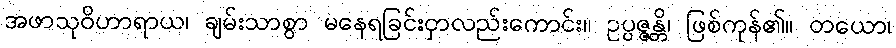
အဖာသုဝိဟာရာယ၊ ချမ်းသာစွာ မနေရခြင်းငှာလည်းကောင်း။ ဥပ္ပဇ္ဇန္တိ၊ ဖြစ်ကုန်၏။ တယော၊